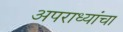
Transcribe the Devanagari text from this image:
अपराध्यांचा